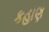
કહાણ